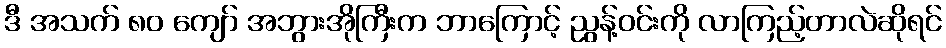
ဒီ အသက် ၈၀ ကျော် အဘွားအိုကြီးက ဘာကြောင့် ညွန့်ဝင်းကို လာကြည့်တာလဲဆိုရင်